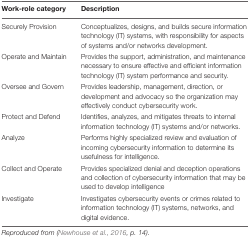
| Work-role category | Description |
 | --- | --- |
 | Securely Provision | Conceptualizes, designs, and builds secure information technology (IT) systems, with responsibility for aspects of systems and/or networks development. |
 | Operate and Maintain | Provides the support, administration, and maintenance necessary to ensure effective and efficient information technology (IT) system performance and security. |
 | Oversee and Govern | Provides leadership, management, direction, or development and advocacy so the organization may effectively conduct cybersecurity work. |
 | Protect and Defend | Identifies, analyzes, and mitigates threats to internal information technology (IT) systems and/or networks. |
 | Analyze | Performs highly specialized review and evaluation of incoming cybersecurity information to determine its usefulness for intelligence. |
 | Collect and Operate | Provides specialized denial and deception operations and collection of cybersecurity information that may be used to develop intelligence |
 | Investigate | Investigates cybersecurity events or crimes related to information technology (IT) systems, networks, and digital evidence. |